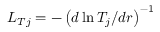
L _ { T j } = - \left( d \ln T _ { j } / d r \right) ^ { - 1 }